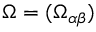
\boldsymbol { \Omega } = ( \Omega _ { \alpha \beta } )